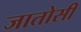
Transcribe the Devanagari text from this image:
जातोसी